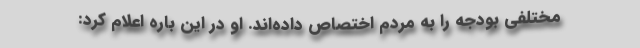
مختلفی بودجه را به مردم اختصاص داده‌اند. او در این باره اعلام کرد: